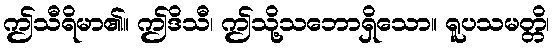
ဤသီရိမာ၏။ ဤဒိသီ၊ ဤသို့သဘောရှိသော။ ရူပသမတ္တိ၊